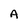
Character: A